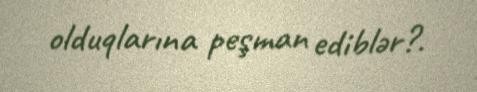
olduqlarına peşman ediblər?.